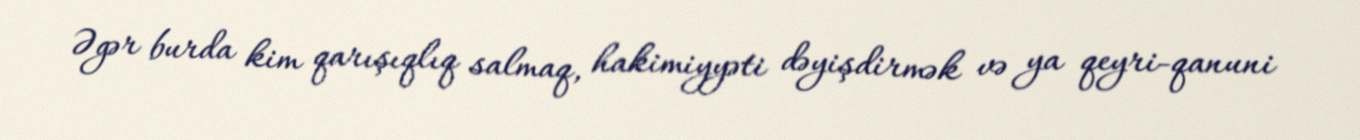
Əgər burda kim qarışıqlıq salmaq, hakimiyyəti dəyişdirmək və ya qeyri-qanuni